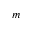
m